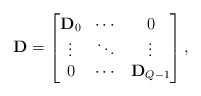
\begin{align*}\mathbf{D} = \begin{bmatrix}{\mathbf{D}_0} & \cdots & 0 \\ \vdots & \ddots & \vdots \\ 0 & \cdots & \mathbf{D}_{Q-1} \end{bmatrix}, \end{align*}